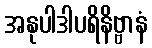
အနုပါဒါပရိနိဗ္ဗာနံ